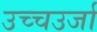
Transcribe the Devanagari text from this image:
उच्चउर्जा